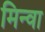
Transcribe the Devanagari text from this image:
मिन्वा